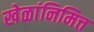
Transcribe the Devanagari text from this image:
खेळांनिमित्त